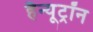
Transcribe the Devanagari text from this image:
हैन्यूट्रॉन